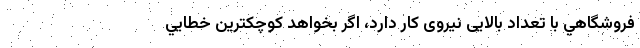
فروشگاهي با تعداد بالایی نیروی کار دارد، اگر بخواهد كوچكترين خطايي